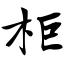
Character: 柜